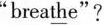
"brea\underline{th}e"?